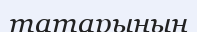
татарының